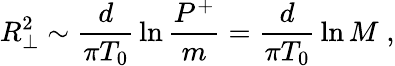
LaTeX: R_{\perp}^{2}\sim{\frac{d}{\pi T_{0}}}\ln{\frac{P^{+}}{m}}={\frac{d}{\pi T_{0}}}\ln M\; ,